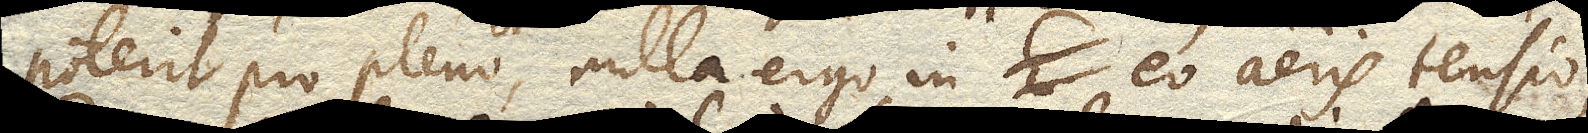
poterit pro pleno, nulla ergo in eo aeris tensio.